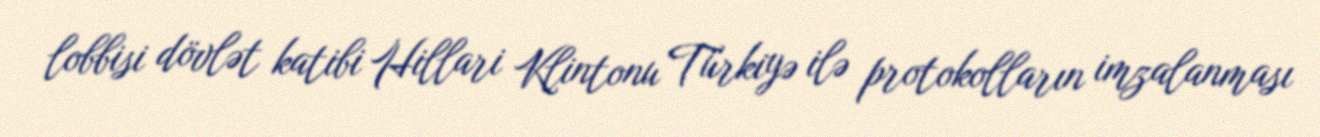
lobbisi dövlət katibi Hillari Klintonu Türkiyə ilə protokolların imzalanması